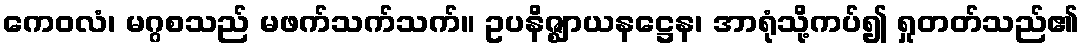
ကေဝလံ၊ မဂ္ဂစသည် မဖက်သက်သက်။ ဥပနိဇ္ဈာယနဋ္ဌေန၊ အာရုံသို့ကပ်၍ ရှုတတ်သည်၏